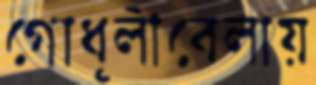
গোধূলীবেলায়